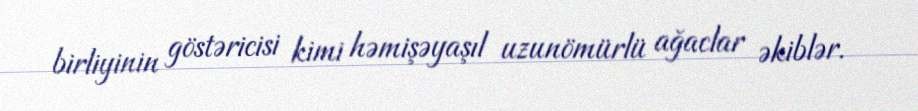
birliyinin göstəricisi kimi həmişəyaşıl uzunömürlü ağaclar əkiblər.